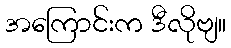
အကြောင်းက ဒီလိုဗျ။